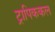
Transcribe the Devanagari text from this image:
ट्रापिककल